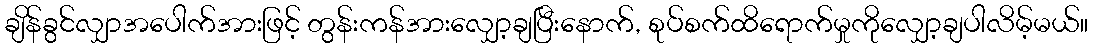
ချိန်ခွင်လျှာအပေါက်အားဖြင့် တွန်းကန်အားလျှော့ချပြီးနောက်, စုပ်စက်ထိရောက်မှုကိုလျှော့ချပါလိမ့်မယ်။